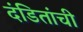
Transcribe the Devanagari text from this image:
दंडितांची